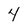
Character: 4